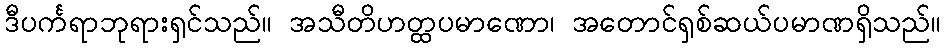
ဒီပင်္ကရာဘုရားရှင်သည်။ အသီတိဟတ္ထပမာဏော၊ အတောင်ရှစ်ဆယ်ပမာဏရှိသည်။